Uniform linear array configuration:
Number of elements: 12
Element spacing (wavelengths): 0.5
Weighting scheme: kaiser
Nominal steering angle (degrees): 30
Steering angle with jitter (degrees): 28.599
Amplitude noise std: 0.05
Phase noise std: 0.05

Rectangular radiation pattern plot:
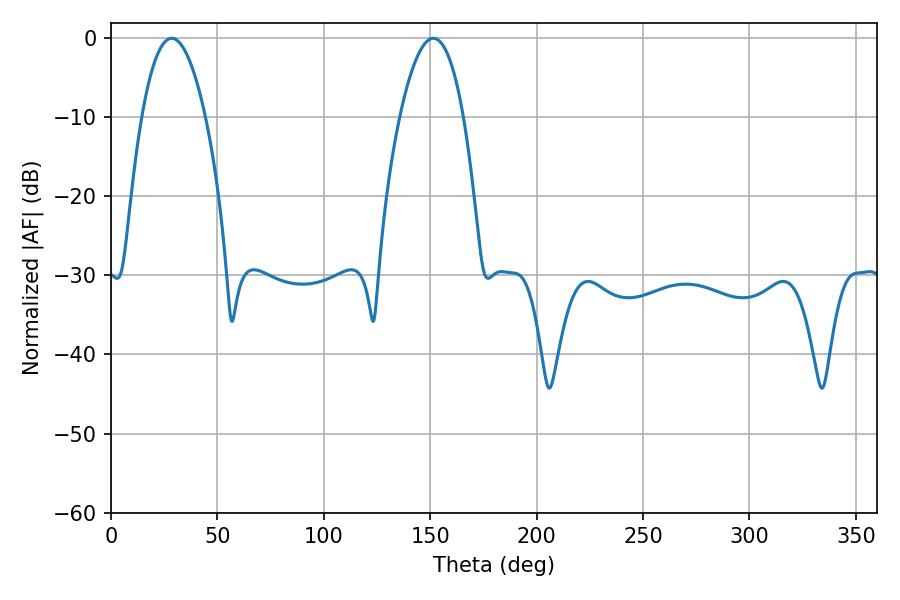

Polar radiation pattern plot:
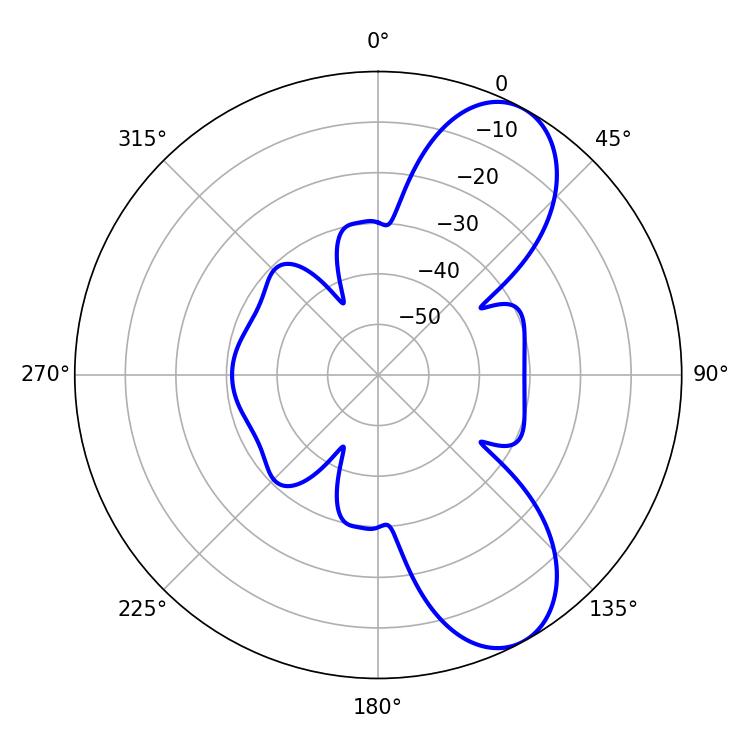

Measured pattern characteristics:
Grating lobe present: FALSE
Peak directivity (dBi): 8.287
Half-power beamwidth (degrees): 16.56
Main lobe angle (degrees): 151.56